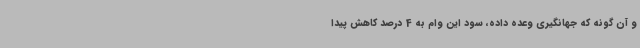
و آن گونه که جهانگیری وعده داده، سود این وام به 4 درصد کاهش پیدا